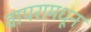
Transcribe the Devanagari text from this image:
वापरामधून